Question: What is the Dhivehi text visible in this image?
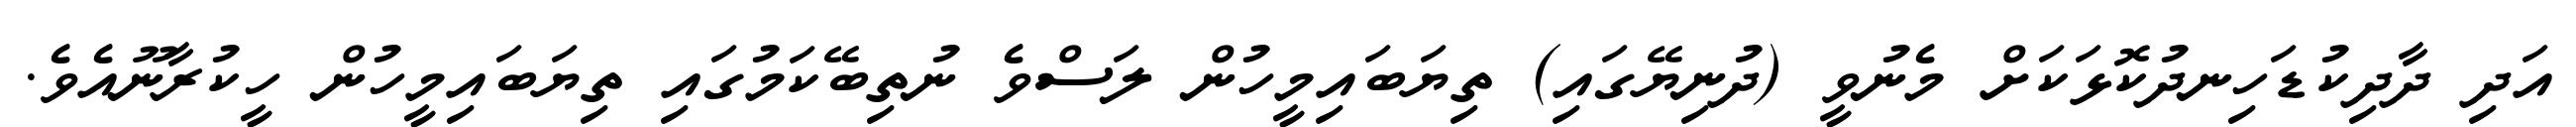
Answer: އަދި ދާދިކުޑަހިނދުކޮޅަކަށް މެނުވީ (ދުނިޔޭގައި) ތިޔަބައިމީހުން ލަސްވެ ނުތިބޭކަމުގައި ތިޔަބައިމީހުން ހީކުރާނޫއެވެ.